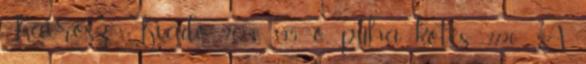
Kairosz Kiadó, 2013 395 o., puha kötés 2720.- A